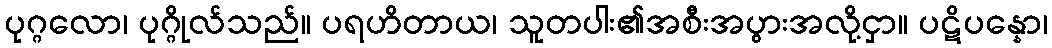
ပုဂ္ဂလော၊ ပုဂ္ဂိုလ်သည်။ ပရဟိတာယ၊ သူတပါး၏အစီးအပွားအလို့ငှာ။ ပဋိပန္နော၊